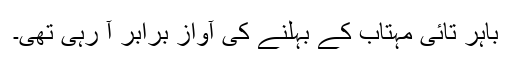
باہر تائی مہتاب کے بہلنے کی آواز برابر آ رہی تھی۔